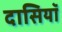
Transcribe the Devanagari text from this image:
दासियॉ